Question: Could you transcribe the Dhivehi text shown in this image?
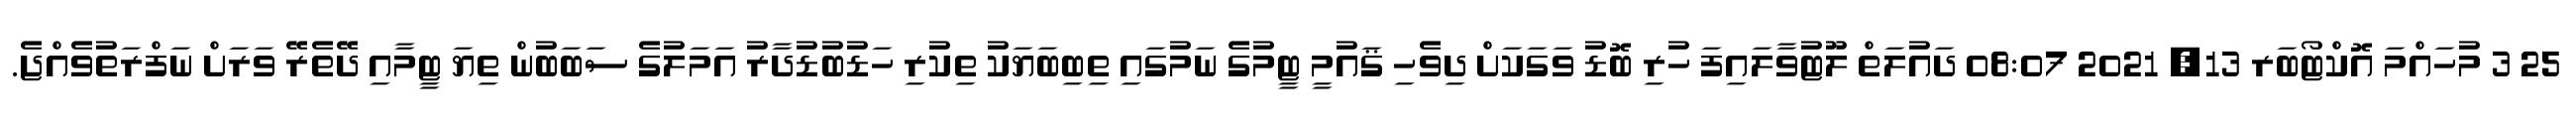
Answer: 25 3 މުހައްމަ އޮކްޓޯބަރ 13, 2021 08:07 ދައުލަތް ލޫޓުވާލައިފަ ހުރި ބޮޑު ވަގަކަށް ދިވެހި ޤައުމީ ޓީމުގެ ނަމުގައި ތިބިބަޔަކު ތިކުރި ހަޑުބުޑުދާރު އަމަލުގެ ސަބަބުން ތިޔަ ޓީމާއި ދޭތެރޭ ވަރަށް ނަފްރަތުވެއްޖެ.